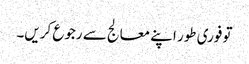
تو فوری طور اپنے معالج سے رجوع کریں۔